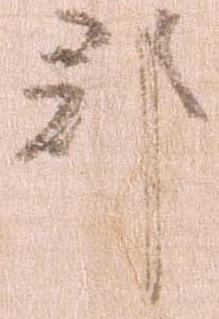
郡